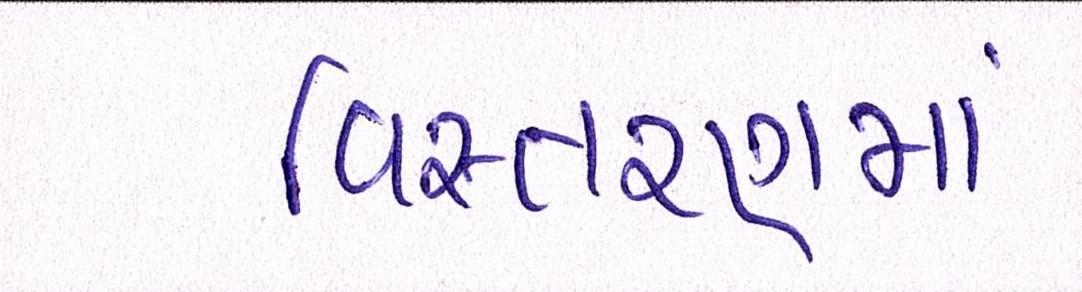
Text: વિસ્તરણમાં